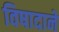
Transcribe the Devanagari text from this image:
विषादाने